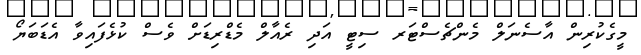
މީގެކުރިން އާސެނަލް މެންޗެސްޓަރ ސިޓީ އަދި ރެއާލް މެޑްރިޑަށް ވެސް ކުޅެފައިވާ އެޑަބަޔޯ